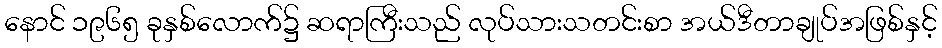
နောင် ၁၉၆၅ ခုနှစ်လောက်၌ ဆရာကြီးသည် လုပ်သားသတင်းစာ အယ်ဒီတာချုပ်အဖြစ်နှင့်